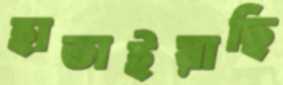
হাতাইয়াছি